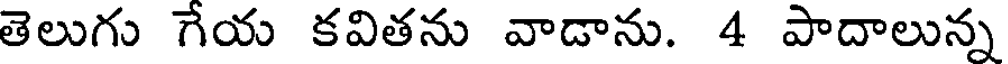
తెలుగు గేయ కవితను వాడాను. 4 పాదాలున్న